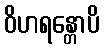
ဝိဟရန္တောပိ